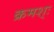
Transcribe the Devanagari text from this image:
क्रमश्ः